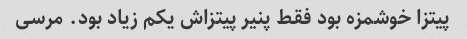
پیتزا خوشمزه بود فقط پنیر پیتزاش یکم زیاد بود. مرسی